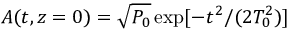
A ( t , z = 0 ) = \sqrt { P _ { 0 } } \exp [ - t ^ { 2 } / ( 2 T _ { 0 } ^ { 2 } ) ]